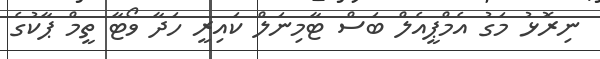
ނިރޮޅު މަގު އެމްޕީއެލް ބަސް ޓާމިނަލް ކައިރީ ހަދާ ވޯޓާ ތީމް ޕާކުގެ